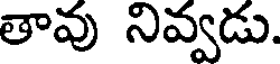
తావు నివ్వడు.